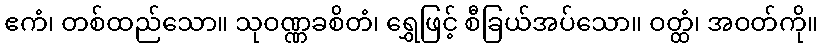
ဧကံ၊ တစ်ထည်သော။ သုဝဏ္ဏခစိတံ၊ ရွှေဖြင့် စီခြယ်အပ်သော။ ဝတ္ထံ၊ အဝတ်ကို။